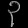
Digit: ၃